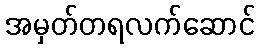
အမှတ်တရလက်ဆောင်